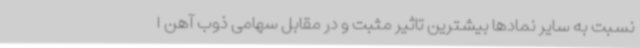
نسبت به سایر نمادها بیشترین تاثیر مثبت و در مقابل سهامی ذوب آهن ا